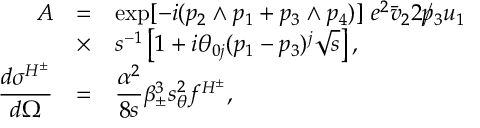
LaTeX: \begin{array} { r c l } { { { \cal A } } } & { { = } } & { { \displaystyle \exp [ - i ( p _ { 2 } \wedge p _ { 1 } + p _ { 3 } \wedge p _ { 4 } ) ] ~ e ^ { 2 } \bar { v } _ { 2 } 2 \rlap / p _ { 3 } u _ { 1 } } } \\ { { } } & { { \times } } & { { \displaystyle s ^ { - 1 } \left[ 1 + i \theta _ { 0 j } ( p _ { 1 } - p _ { 3 } ) ^ { j } \sqrt { s } \right] , } } \\ { { \displaystyle \frac { d \sigma ^ { H ^ { \pm } } } { d \Omega } } } & { { = } } & { { \displaystyle \frac { \alpha ^ { 2 } } { 8 s } \beta _ { \pm } ^ { 3 } s _ { \theta } ^ { 2 } f ^ { H ^ { \pm } } , } } \end{array}